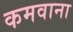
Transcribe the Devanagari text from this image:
कमवाना